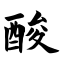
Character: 酸